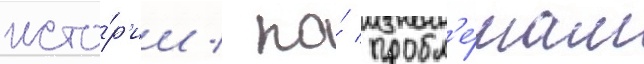
исто́р'ии / по́ пробл'е́мам